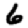
Digit: 6